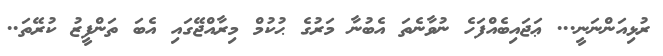
ރުޅިއަންނަނީ... ޢަޖައިބެއްފަހެ ނުވާނެތަ އެބުނާ މަރުގެ ޙުކުމް މިރާއްޖޭގައި އެބަ ތަންފީޒު ކުރޭތަ..